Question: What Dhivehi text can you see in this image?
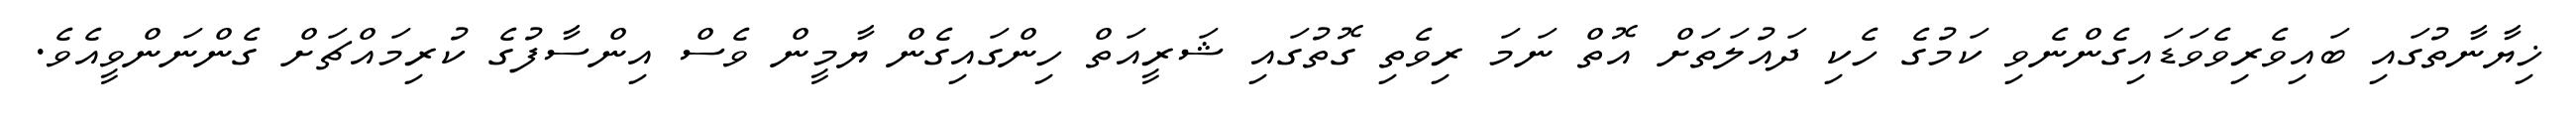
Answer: ޚިޔާނާތުގައި ބައިވެރިވެވަޑައިގެންނެވި ކަމުގެ ހެކި ދައުލަތަށް އޮތް ނަމަ ރިވެތި ގޮތުގައި ޝަރީއަތް ހިންގައިގެން ޔާމީން ވެސް އިންސާފުގެ ކުރިމައްޗަށް ގެންނަންވީއެވެ.